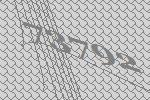
73792